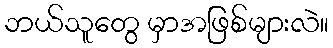
ဘယ်သူတွေ မှာအဖြစ်များလဲ။